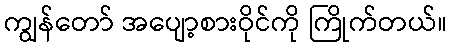
ကျွန်တော် အပျော့စားဝိုင်ကို ကြိုက်တယ်။